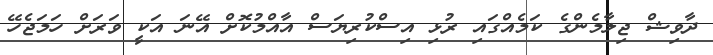
ދާވިޝް ޖިލާމެންގެ ކަމެއްގައި ރުޅި އިސްކުރިޔަސް އާއްމުކޮށް އޭނަ އަކީ ވަރަށް ހަމަޖެހޭ